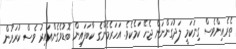
ތެރެއިންވެސް ގިނަކަމީ ލަދުގަންނަން ޖެހޭ ކަމެކެވެ. އަހަރެމެންގެ ކާބަފައިން ބޮޑުވެގެންއައިރު ވެސް ކުރަމުން